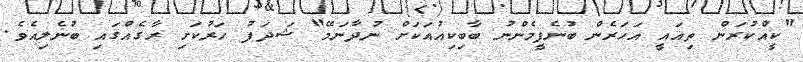
"ކީއްކުރަން ތިއައީ އަހަރެން ބުނެފީމެންނު ބާބިކިއުއަކަށް ނުދާނަމޭ" ޝަދަފު ހަރުކަށި ރާގެއްގައި ބުނެލިއެވެ.